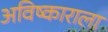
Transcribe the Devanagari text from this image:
अविष्काराला